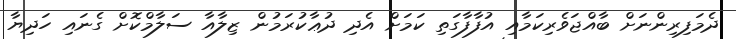
ދެމަފިރިންނަށް ބާއްޖަވެރިކަމާއި އުފާފާގަތި ކަމަށް އެދި ދުޢާކުރަމުން ޒިލާއާ ސަލާމްކޮށް ގެނައި ހަދިޔާ